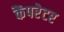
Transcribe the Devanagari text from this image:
कैंपरेटर